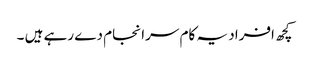
کچھ افراد یہ کام سرا نجام دے رہے ہیں ۔